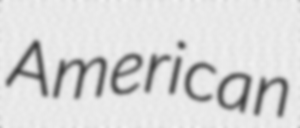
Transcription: American